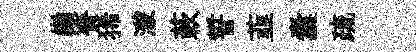
巔賚狶濛蔌誓韮囊疏